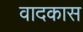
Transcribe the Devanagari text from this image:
वादकास